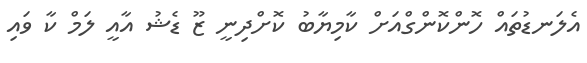
އެލަނޑުތައް ހޮންކޮންގްއަށް ކާމިޔާބު ކޮށްދިނީ ޒޫ ޑެޝު އާއީ ލަމް ކާ ވައި